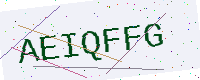
Text: AEIQFFG